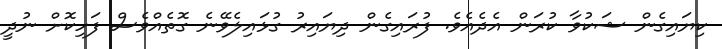
ކިޔައިގެން ޝަކުވާ ކުރަން އެދެއެވެ. ފުރައިގެން ދިޔައިރު ގުޅައިލެވޭނެ ގޮތެއްވެސް ފަހިކޮށް ނުދީ